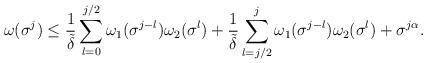
LaTeX: \begin{align*}\omega(\sigma^{j})\leq \frac{1}{\tilde{\delta}}\sum^{j/2}_{l=0}\omega_{1}(\sigma^{j-l})\omega_{2}(\sigma^{l})+\frac{1}{\tilde{\delta}}\sum^{j}_{l=j/2}\omega_{1}(\sigma^{j-l})\omega_{2}(\sigma^{l})+\sigma^{j\alpha}.\end{align*}